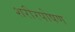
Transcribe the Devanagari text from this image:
शरीरपोषण